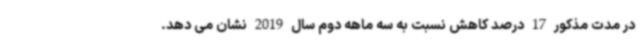
در مدت مذکور 17 درصد کاهش نسبت به سه ماهه دوم سال 2019 نشان می دهد.